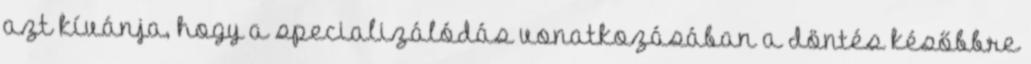
azt kívánja, hogy a specializálódás vonatkozásában a döntés későbbre